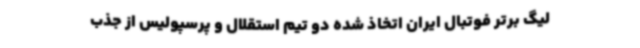
لیگ برتر فوتبال ایران اتخاذ شده دو تیم استقلال و پرسپولیس از جذب